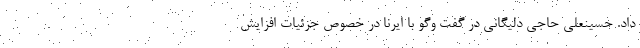
داد. حسینعلی حاجی دلیگانی در گفت وگو با ایرنا در خصوص جزئیات افزایش